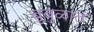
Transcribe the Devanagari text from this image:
बुबुळात